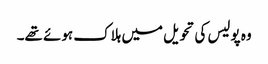
وہ پولیس کی تحویل میں ہلاک ہوئے تھے۔